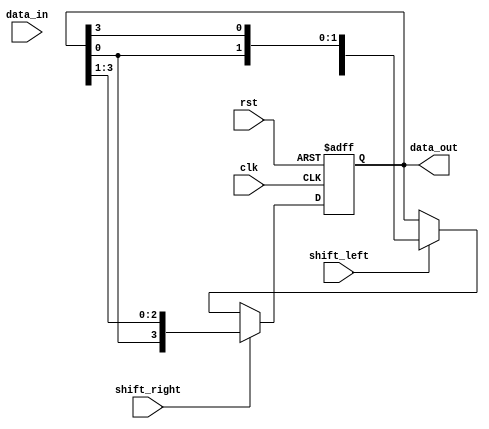
module bidirectional_shift_register (
    input wire clk, // Clock signal
    input wire rst, // Reset signal
    input wire shift_left, // Shift left control signal
    input wire shift_right, // Shift right control signal
    input wire data_in, // Input data
    output reg [3:0] data_out // Output data
);

reg [3:0] register; // 4-bit shift register

always @(posedge clk or posedge rst) begin
    if (rst) begin
        register <= 4'b0; // Reset the register
    end else begin
        if (shift_left) begin
            // Shift left operation
            register <= {register[2:0], register[3]};
        end
        if (shift_right) begin
            // Shift right operation
            register <= {register[0], register[3:1]};
        end
    end
end

// Output data
assign data_out = register;

endmodule